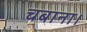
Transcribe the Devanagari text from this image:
चबाना।